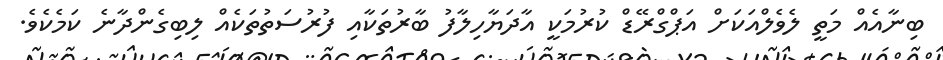
ބިނާއެއް މަތީ ލެވެލްއަކަށް އަޕްގްރޭޑް ކުރުމަކީ އާދަޔާހިލާފު ބާރުތަކާއި ފުރުސަތުތަކެއް ލިބިގެންދާނެ ކަމެކެވެ.